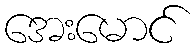
အေးမောင်